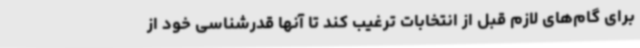
برای گام‌های لازم قبل از انتخابات ترغیب کند تا آنها قدرشناسی خود از